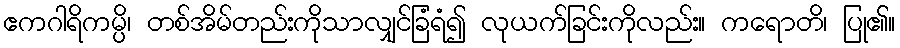
ဧကဂါရိကမ္ပိ၊ တစ်အိမ်တည်းကိုသာလျှင်ခြံရံ၍ လုယက်ခြင်းကိုလည်း။ ကရောတိ၊ ပြု၏။